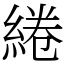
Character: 綣